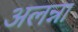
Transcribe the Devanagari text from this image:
अलन्ना